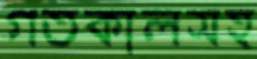
গতকালসহ